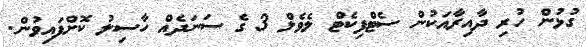
ގުޅުން ހުރި ދާއިރާއަކުން ސެޓްފިކެޓް ލެވެލް 3 ގެ ސަނަދެއް ހާސިލު ކޮށްފައިވުން.